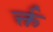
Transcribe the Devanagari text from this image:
र्क्त